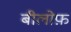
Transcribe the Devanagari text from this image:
बीलोफ़